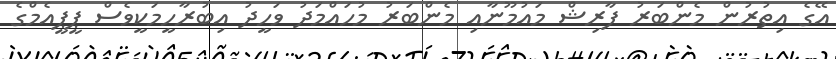
އޭގެ އިތުރުން މެންބަރު ފާރިޝް މައުމޫނާއި މެންބަރު މުހައްމަދު ވަހީދު އިބުރާހީމަކީވެސް ޕީޕީއެމްގެ